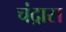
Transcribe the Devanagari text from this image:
चंद्रास